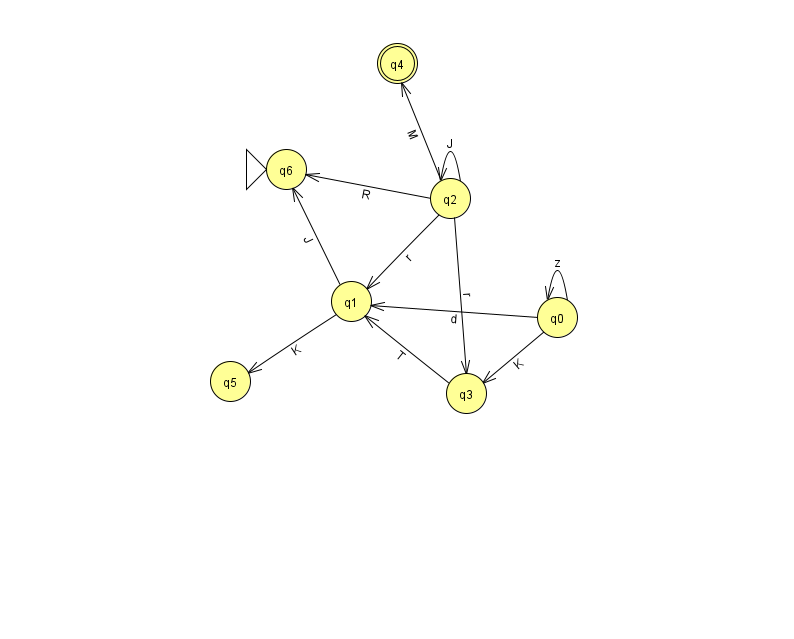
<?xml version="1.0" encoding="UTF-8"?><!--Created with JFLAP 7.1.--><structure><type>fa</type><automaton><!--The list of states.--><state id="0" name="q0"><x>557.0</x><y>304.0</y></state><state id="1" name="q1"><x>351.0</x><y>288.0</y></state><state id="2" name="q2"><x>450.0</x><y>185.0</y></state><state id="3" name="q3"><x>466.0</x><y>380.0</y></state><state id="4" name="q4"><x>397.0</x><y>50.0</y><final/></state><state id="5" name="q5"><x>230.0</x><y>368.0</y></state><state id="6" name="q6"><x>286.0</x><y>156.0</y><initial/></state><!--The list of transitions.--><transition><from>3</from><to>1</to><read>T</read></transition><transition><from>1</from><to>6</to><read>J</read></transition><transition><from>2</from><to>6</to><read>R</read></transition><transition><from>0</from><to>3</to><read>K</read></transition><transition><from>0</from><to>0</to><read>z</read></transition><transition><from>2</from><to>1</to><read>r</read></transition><transition><from>2</from><to>2</to><read>J</read></transition><transition><from>1</from><to>5</to><read>K</read></transition><transition><from>2</from><to>3</to><read>r</read></transition><transition><from>2</from><to>4</to><read>M</read></transition><transition><from>0</from><to>1</to><read>d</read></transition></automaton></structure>